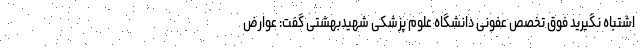
اشتباه نگیرید فوق تخصص عفونی دانشگاه علوم پزشکی شهیدبهشتی گفت: عوارض